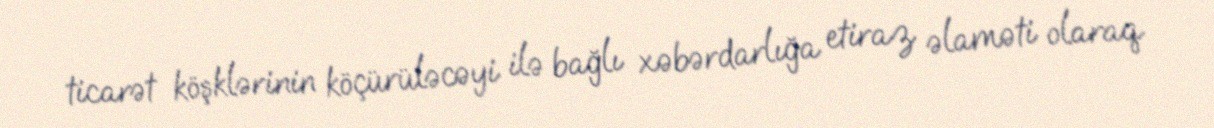
ticarət köşklərinin köçürüləcəyi ilə bağlı xəbərdarlığa etiraz əlaməti olaraq